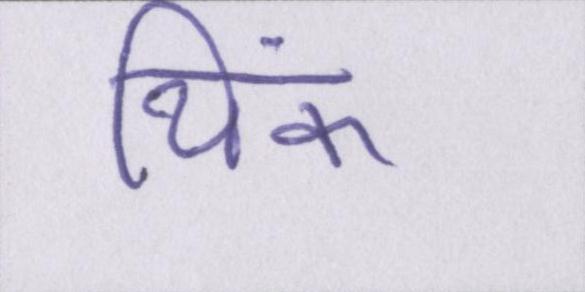
थिंक